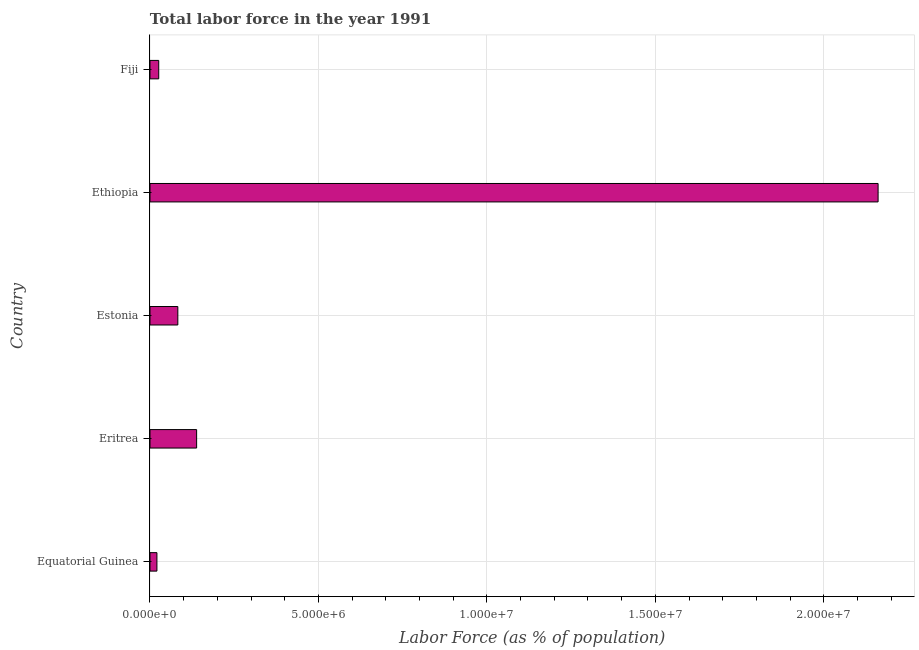
| Country | Labor force |
 | --- | --- |
 | Equatorial Guinea | 2.06e+05 |
 | Eritrea | 1.38e+06 |
 | Estonia | 8.26e+05 |
 | Ethiopia | 2.16e+07 |
 | Fiji | 2.59e+05 |